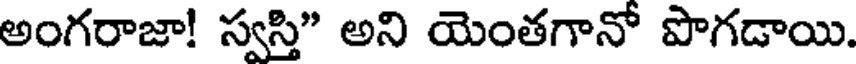
అంగరాజా! స్వస్తి" అని యెంతగానో పొగడాయి.